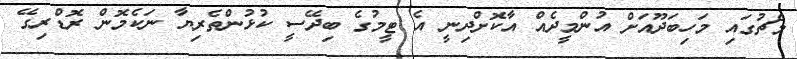
މެޗުގައި މަހިބަދޫއަށް އުންމީދެއް އާކޮށްދިނީ އެ ޓީމުގެ ބިދޭސީ ކުޅުންތެރިޔާ ނަކެމޮން ރޮޑްރިގޭ